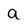
Character: a